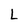
Character: L